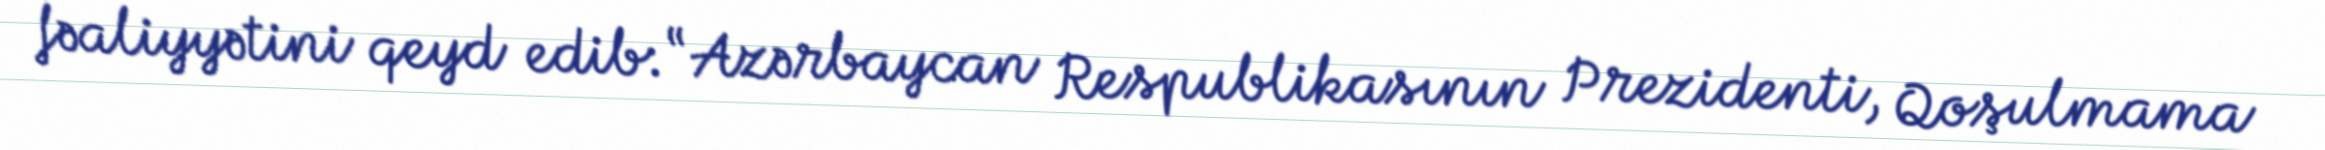
fəaliyyətini qeyd edib: “Azərbaycan Respublikasının Prezidenti, Qoşulmama